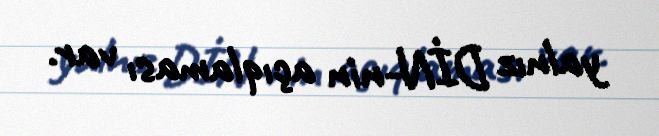
yalnız DİN-nin açıqlaması var.